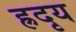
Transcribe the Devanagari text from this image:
ह्रदृय